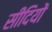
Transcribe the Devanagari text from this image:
सीदियों